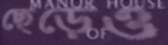
ছেড়েও